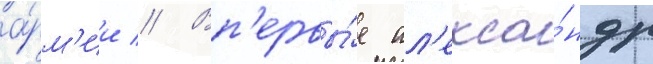
а́рм'ии // Вп'ервы́е ал'екса́ндр